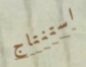
استنتاج